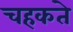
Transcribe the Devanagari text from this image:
चहकते